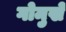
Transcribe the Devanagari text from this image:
गोमुखे